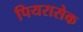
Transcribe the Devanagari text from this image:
पियरासेक